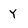
Character: y